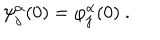
LaTeX: \psi _ { j } ^ { \alpha } ( 0 ) = \varphi _ { j } ^ { \alpha } ( 0 ) \ .